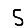
Digit: 5